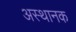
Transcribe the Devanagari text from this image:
अस्थानक